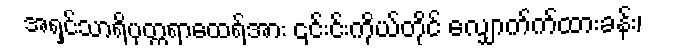
အရှင်သာရိပုတ္တရာထေရ်အား ၎င်းင်းကိုယ်တိုင် လျှောက်က်ထားခန်း၊